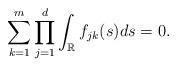
LaTeX: \begin{align*}\sum_{k=1}^m\prod_{j=1}^d\int_{\mathbb{R}}f_{jk}(s)ds=0.\end{align*}